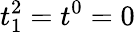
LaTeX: t_{1}^{2}=t^{0}=0